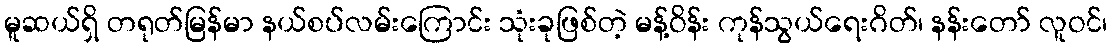
မူဆယ်ရှိ တရုတ်မြန်မာ နယ်စပ်လမ်းကြောင်း သုံးခုဖြစ်တဲ့ မန့်ဝိန်း ကုန်သွယ်ရေးဂိတ်၊ နန်းတော် လူဝင်၊